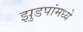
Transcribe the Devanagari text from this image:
झुडपांमध्ये